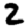
Digit: 2